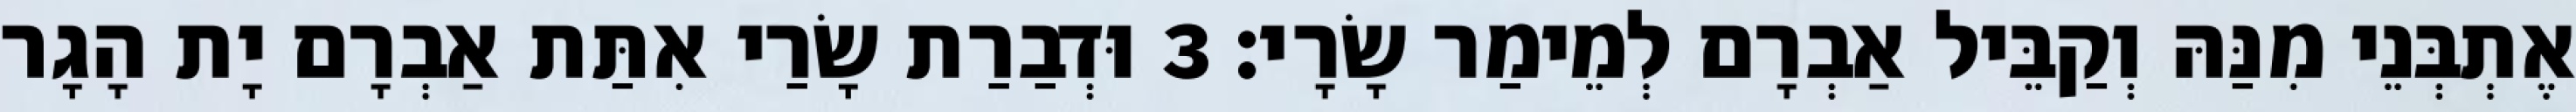
אֶתְבְּנֵי מִנַּהּ וְקַבֵּיל אַבְרָם לְמֵימַר שָׂרָי׃ 3 וּדְבַרַת שָׂרַי אִתַּת אַבְרָם יָת הָגָר